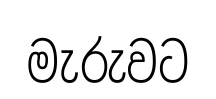
මැරුවට